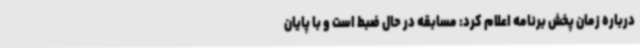
درباره زمان پخش برنامه اعلام کرد: مسابقه در حال ضبط است و با پایان